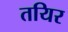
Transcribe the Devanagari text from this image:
तयिर